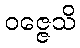
ဝဇ္ဇေသိ